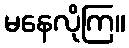
မနေလိုကြ။